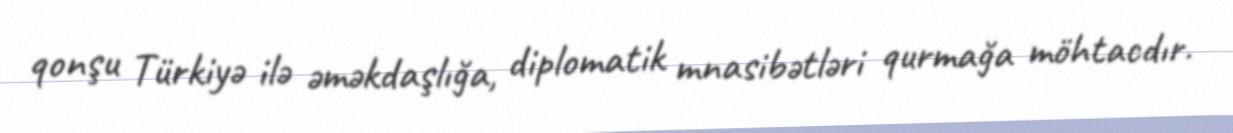
qonşu Türkiyə ilə əməkdaşlığa, diplomatik mnasibətləri qurmağa möhtacdır.